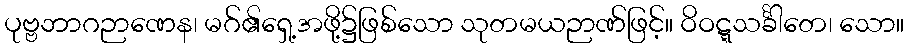
ပုဗ္ဗဘာဂဉာဏေန၊ မဂ်၏ရှေ့အဖို့၌ဖြစ်သော သုတမယဉာဏ်ဖြင့်။ ဝိဝဋ္ဋသင်္ခါတေ၊ သော။